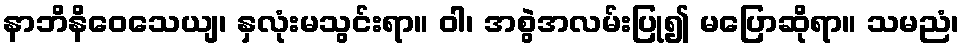
နာဘိနိဝေသေယျ၊ နှလုံးမသွင်းရာ။ ဝါ၊ အစွဲအလမ်းပြု၍ မပြောဆိုရာ။ သမညံ၊